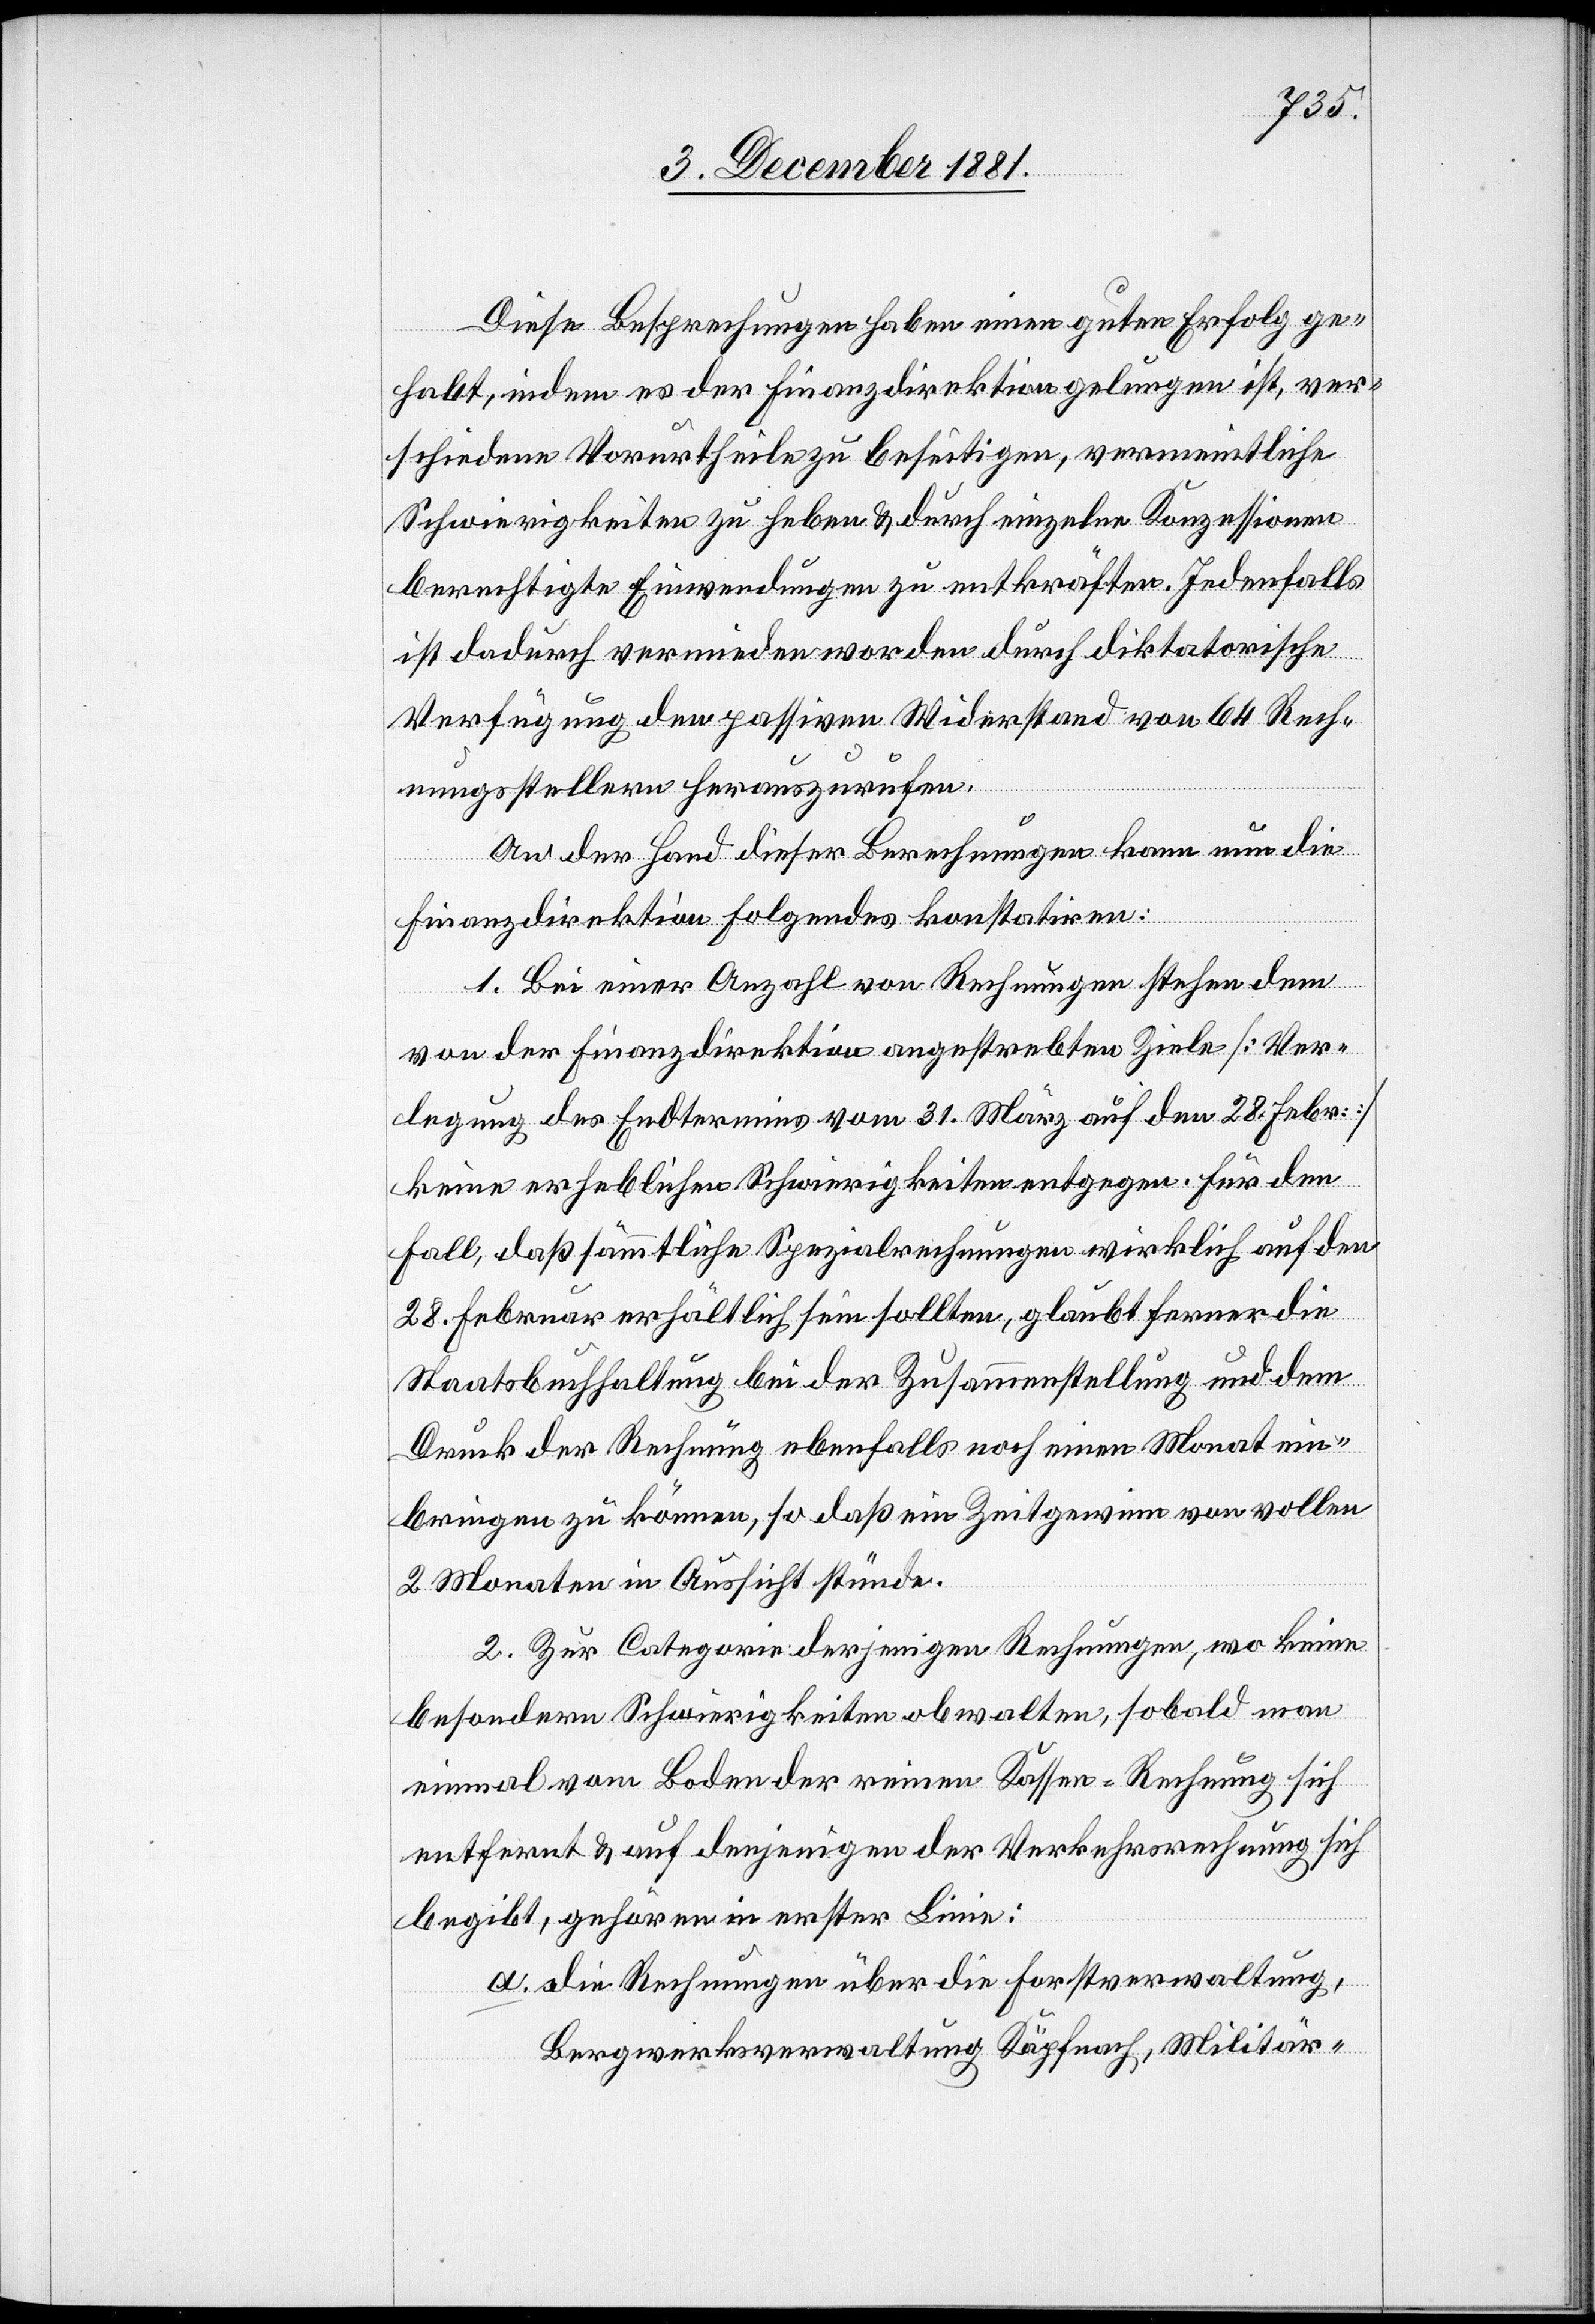
Diese Besprechungen haben einen guten Erfolg ge¬
habt, indem es der Finanzdirektion gelungen ist, ver¬
schiedene Vorurtheile zu beseitigen, vermeintliche
Schwierigkeiten zu heben & durch einzelne Konzessionen
berechtigte Einwendungen zu entkräften. Jedenfalls
ist dadurch vermieden worden durch diktatorische
Verfügung den passiven Widerstand von 64 Rech¬
nungsstellern herauszurufen.
An der Hand dieser Berechnungen kann nun die
Finanzdirektion Folgendes konstatiren:
1. Bei einer Anzahl von Rechnungen stehen dem
von der Finanzdirektion angestrebten Ziele [Ver¬
legung des Endtermins vom 31. März auf den 28. Febr.]
keine erheblichen Schwierigkeiten entgegen. Für den
Fall, daß sämmtliche Spezialrechnungen wirklich auf den
28. Februar erhältlich sein sollten, glaubt ferner die
Staatsbuchhaltung bei der Zusammenstellung und dem
Druck der Rechnung ebenfalls noch einen Monat ein¬
bringen zu können, so daß ein Zeitgewinn von vollen
2 Monaten in Aussicht stünde.
2. Zur Categorie derjenigen Rechnungen, wo keine
besondern Schwierigkeiten obwalten, sobald man
einmal vom Boden der reinen Kassen-Rechnung sich
entfernt & auf derjenigen der Verkehrsrechnung sich
begibt, gehören in erster Linie:
a. Die Rechnung über die Forstverwaltung,
Bergwerksverwaltung Käpfnach, Militär-